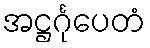
အဋ္ဌင်္ဂုပေတံ